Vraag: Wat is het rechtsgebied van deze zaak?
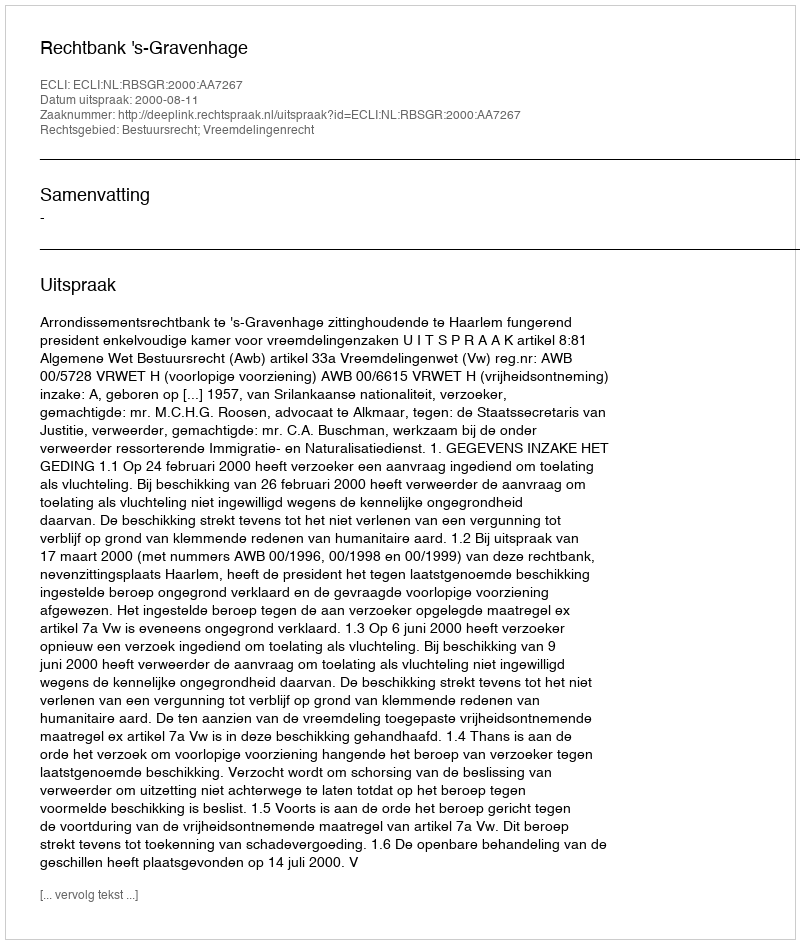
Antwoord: Bestuursrecht; Vreemdelingenrecht